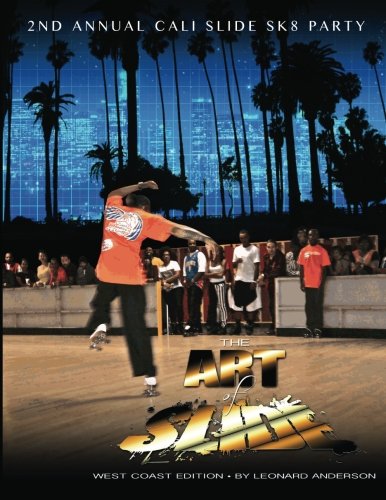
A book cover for The Art of Slide; Leonard Anderson; Sports & Outdoors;